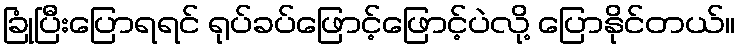
ခြုံပြီးပြောရရင် ရုပ်ခပ်ဖြောင့်ဖြောင့်ပဲလို့ ပြောနိုင်တယ်။